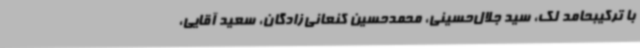
با ترکیبحامد لک، سید جلال‌حسینی، محمدحسین کنعانی‌زادگان، سعید آقایی،